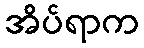
အိပ်ရာက